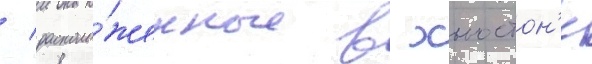
/ располо́женные в хьюстон'е